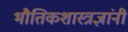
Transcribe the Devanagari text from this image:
भौतिकशास्त्रज्ञांनी